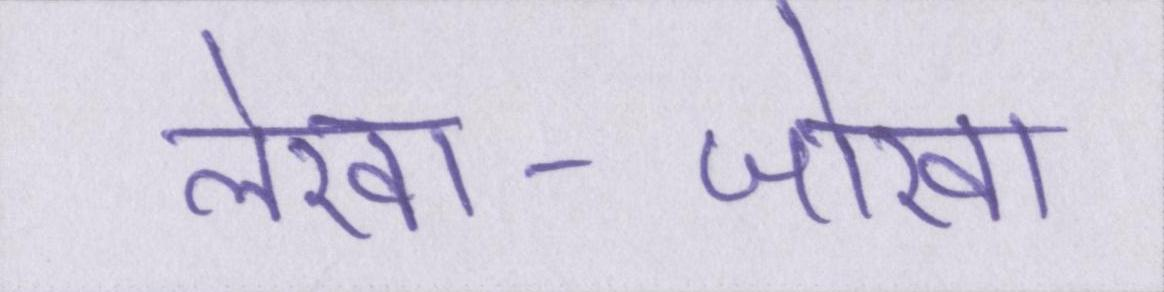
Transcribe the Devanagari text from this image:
लेखा-जोखा